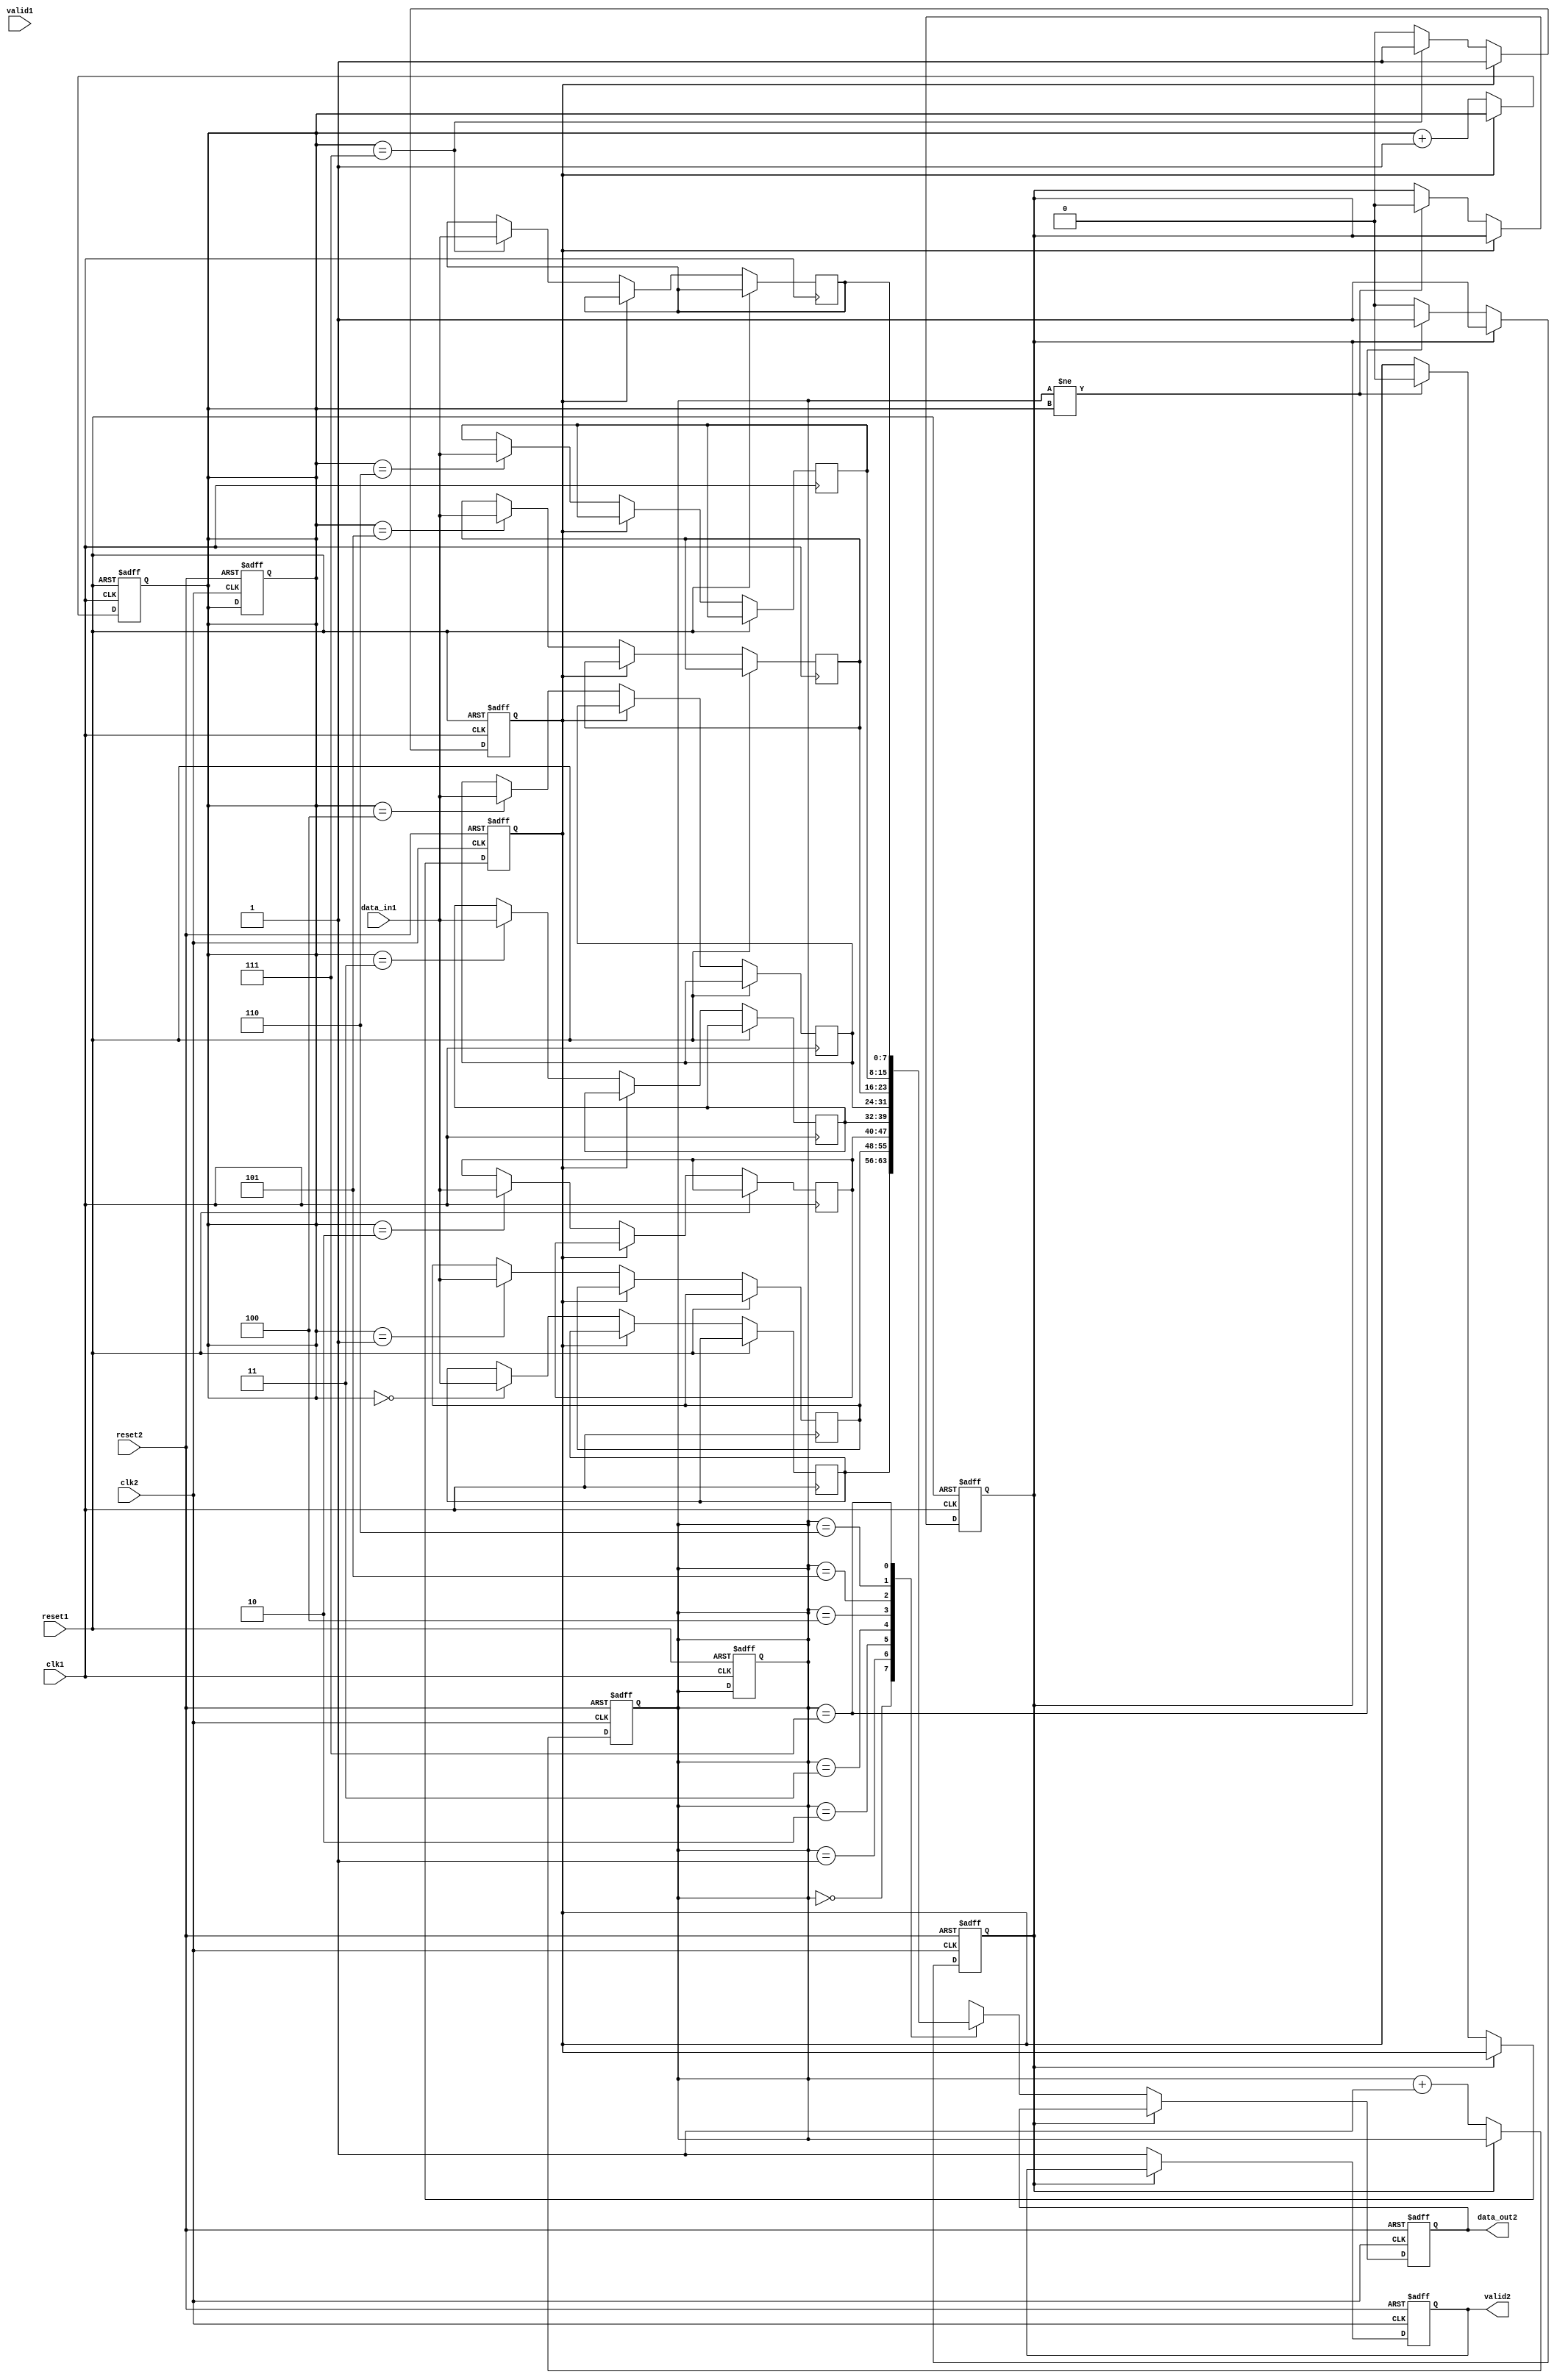
module BurstSynchronizer (
    input wire clk1,           // Clock domain 1
    input wire reset1,         // Reset signal for clock domain 1
    input wire [DATA_WIDTH-1:0] data_in1, // Incoming burst data from clock domain 1
    input wire valid1,         // Valid signal for incoming burst data from clock domain 1
    input wire clk2,           // Clock domain 2
    input wire reset2,         // Reset signal for clock domain 2
    output reg [DATA_WIDTH-1:0] data_out2, // Synchronized burst data for clock domain 2
    output reg valid2         // Valid signal for synchronized burst data for clock domain 2
);

parameter DATA_WIDTH = 8; // Define data width

reg [DATA_WIDTH-1:0] fifo [0:7]; // FIFO buffer to store incoming burst data
reg [2:0] read_ptr = 3'b000;  // Read pointer for FIFO buffer
reg [2:0] write_ptr = 3'b000; // Write pointer for FIFO buffer
reg full = 1'b0;              // Flag to indicate FIFO buffer is full
reg empty = 1'b1;             // Flag to indicate FIFO buffer is empty

// Clock domain 1 (Source clock domain) handling
always @(posedge clk1 or posedge reset1) begin
    if (reset1) begin
        full <= 1'b0;
        empty <= 1'b1;
        read_ptr <= 3'b000;
        write_ptr <= 3'b000;
    end else begin
        if (!full) begin
            fifo[write_ptr] <= data_in1;
            write_ptr <= write_ptr + 1;
            if (write_ptr == 3'b111) begin
                full <= 1'b1;
            end
            if (read_ptr != write_ptr) begin
                empty <= 1'b0;
            end
        end
    end
end

// Clock domain 2 (Destination clock domain) handling
always @(posedge clk2 or posedge reset2) begin
    if (reset2) begin
        full <= 1'b0;
        empty <= 1'b1;
        read_ptr <= 3'b000;
        write_ptr <= 3'b000;
        data_out2 <= 0; // Reset output data
        valid2 <= 0;    // Reset valid signal
    end else begin
        if (!empty) begin
            data_out2 <= fifo[read_ptr];
            read_ptr <= read_ptr + 1;
            if (read_ptr == 3'b111) begin
                empty <= 1'b1;
            end
            if (read_ptr != write_ptr) begin
                full <= 1'b0;
            end
            valid2 <= 1; // Set valid signal
        end
    end
end

endmodule